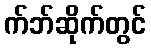
က်ဘ်ဆိုက်တွင်